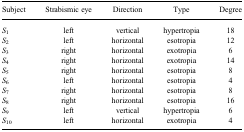
<table><thead><tr><td><b>Subject</b></td><td><b>Strabismic eye</b></td><td><b>Direction</b></td><td><b>Type</b></td><td><b>Degree</b></td></tr></thead><tbody><tr><td><i>S</i><sub>1</sub></td><td>left</td><td>vertical</td><td>hypertropia</td><td>18</td></tr><tr><td><i>S</i><sub>2</sub></td><td>left</td><td>horizontal</td><td>esotropia</td><td>12</td></tr><tr><td><i>S</i><sub>3</sub></td><td>right</td><td>horizontal</td><td>exotropia</td><td>6</td></tr><tr><td><i>S</i><sub>4</sub></td><td>right</td><td>horizontal</td><td>exotropia</td><td>14</td></tr><tr><td><i>S</i><sub>5</sub></td><td>right</td><td>horizontal</td><td>esotropia</td><td>8</td></tr><tr><td><i>S</i><sub>6</sub></td><td>left</td><td>horizontal</td><td>esotropia</td><td>4</td></tr><tr><td><i>S</i><sub>7</sub></td><td>right</td><td>horizontal</td><td>esotropia</td><td>8</td></tr><tr><td><i>S</i><sub>8</sub></td><td>right</td><td>horizontal</td><td>esotropia</td><td>16</td></tr><tr><td><i>S</i><sub>9</sub></td><td>left</td><td>vertical</td><td>hypertropia</td><td>6</td></tr><tr><td><i>S</i><sub>10</sub></td><td>left</td><td>horizontal</td><td>exotropia</td><td>4</td></tr></tbody></table>